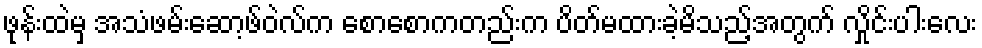
ဖုန်းထဲမှ အသံဖမ်းဆော့ဖ်ဝဲလ်က စောစောကတည်းက ပိတ်မထားခဲ့မိသည့်အတွက် လှိုင်းပါးလေး